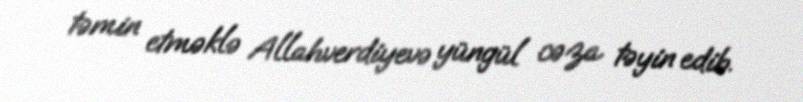
təmin etməklə Allahverdiyevə yüngül cəza təyin edib.